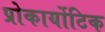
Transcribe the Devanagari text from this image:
प्रोकार्योटिक